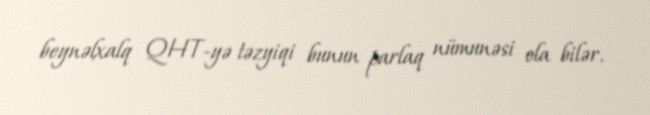
beynəlxalq QHT-yə təzyiqi bunun parlaq nümunəsi ola bilər.